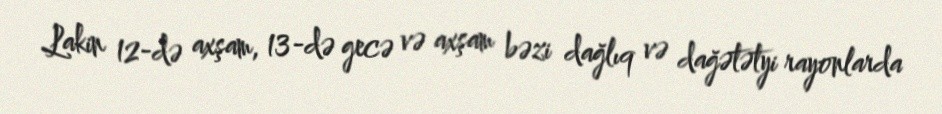
Lakin 12-də axşam, 13-də gecə və axşam bəzi dağlıq və dağətətyi rayonlarda